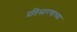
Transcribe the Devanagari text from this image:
प्रतिसारणाच्या